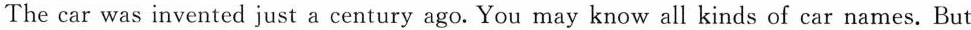
The car was invented just a century ago. You may know all kinds of car names. But